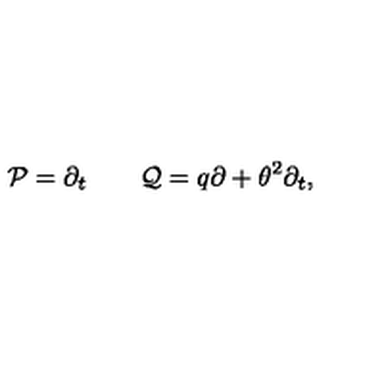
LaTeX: { \cal P } = \partial _ { t } \qquad { \cal Q } = q \partial + \theta ^ { 2 } \partial _ { t } ,